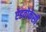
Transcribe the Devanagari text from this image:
ऐडवोकेसी